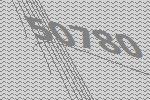
50780